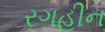
રગહીન